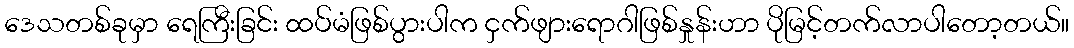
ဒေသတစ်ခုမှာ ရေကြီးခြင်း ထပ်မံဖြစ်ပွားပါက ငှက်ဖျားရောဂါဖြစ်နှုန်းဟာ ပိုမြင့်တက်လာပါတော့တယ်။